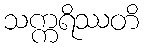
သက္ကရိဿတိ